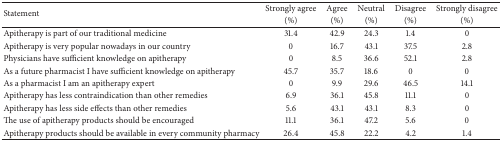
<table><thead><tr><td rowspan="2"><b>Statement</b></td><td><b>Strongly agree</b></td><td><b>Agree</b></td><td><b>Neutral</b></td><td><b>Disagree</b></td><td><b>Strongly disagree</b></td></tr><tr><td><b>(%)</b></td><td><b>(%)</b></td><td><b>(%)</b></td><td><b>(%)</b></td><td><b>(%)</b></td></tr></thead><tbody><tr><td>Apitherapy is part of our traditional medicine </td><td> 31.4</td><td>42.9</td><td>24.3</td><td>1.4</td><td>0</td></tr><tr><td>Apitherapy is very popular nowadays in our country </td><td>0</td><td>16.7</td><td>43.1</td><td>37.5</td><td>2.8</td></tr><tr><td>Physicians have sufficient knowledge on apitherapy </td><td>0</td><td>8.5</td><td>36.6</td><td>52.1</td><td>2.8</td></tr><tr><td>As a future pharmacist I have sufficient knowledge on apitherapy</td><td>45.7</td><td>35.7</td><td>18.6</td><td>0 </td><td>0 </td></tr><tr><td>As a pharmacist I am an apitherapy expert</td><td>0</td><td>9.9</td><td>29.6</td><td>46.5</td><td>14.1</td></tr><tr><td>Apitherapy has less contraindication than other remedies</td><td>6.9</td><td>36.1</td><td>45.8</td><td>11.1</td><td>0 </td></tr><tr><td>Apitherapy has less side effects than other remedies </td><td>5.6</td><td>43.1</td><td>43.1</td><td>8.3</td><td>0 </td></tr><tr><td>The use of apitherapy products should be encouraged </td><td>11.1</td><td>36.1</td><td>47.2</td><td>5.6</td><td>0 </td></tr><tr><td>Apitherapy products should be available in every community pharmacy </td><td>26.4</td><td>45.8</td><td>22.2</td><td>4.2</td><td>1.4</td></tr></tbody></table>